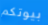
بيوتكم